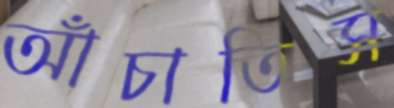
আঁচাতিস